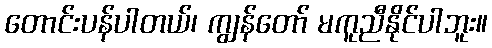
တောင်းပန်ပါတယ်၊ ကျွန်တော် မကူညီနိုင်ပါဘူး။